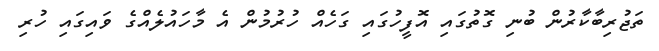
ތަޖުރިބާކާރުން ބުނި ގޮތުގައި އޮފީހުގައި ގަހެއް ހުރުމުން އެ މާހައުލެއްގެ ވައިގައި ހުރި